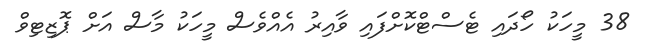
38 މީހަކު ހޯދައި ޓެސްޓްކޮށްފައި ވާއިރު އެއްވެސް މީހަކު މާސް އަށް ޕޮޒިޓިވް